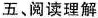
五、阅读理解